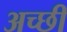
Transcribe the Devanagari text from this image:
अच्छी